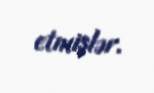
etmişlər.